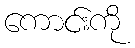
ကောင်းကို